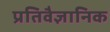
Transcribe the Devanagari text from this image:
प्रतिवैज्ञानिक